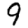
Digit: 9